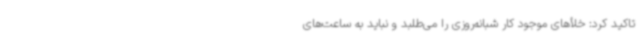
تاکید کرد: خلأهای موجود کار شبانه‌روزی را می‌طلبد و نباید به ساعت‌های